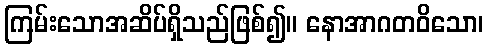
ကြမ်းသောအဆိပ်ရှိသည်ဖြစ်၍။ နောအာဂတဝိသော၊